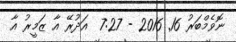
ނޮވެމްބަރު 16